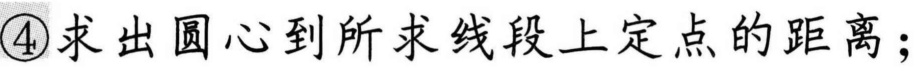
\textcircled{4}求出圆心到所求线段上定点的距离；